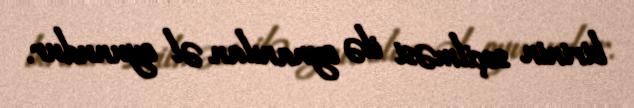
birinin seçilməsi ilə oynanılan əl oyunudur.